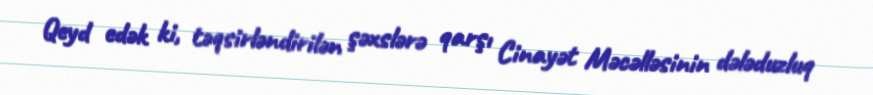
Qeyd edək ki, təqsirləndirilən şəxslərə qarşı Cinayət Məcəlləsinin dələduzluq